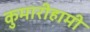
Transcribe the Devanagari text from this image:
कुमारीहामी